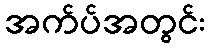
အက်ပ်အတွင်း